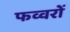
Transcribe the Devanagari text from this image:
फव्‍वरों